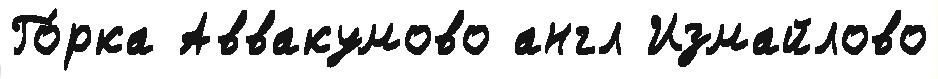
Го́рка Аввакумово англ Измайлово